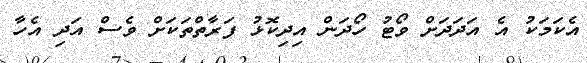
އެކަމަކު އެ އަދަަދަށް ވޯޓު ހޯދަން އިދިކޮޅު ފަރާތްތަކަށް ވެސް އަދި އެހާ